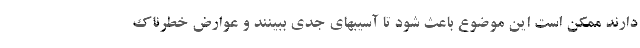
دارند ممکن است این موضوع باعث شود تا آسیبهای جدی ببینند و عوارض خطرناک